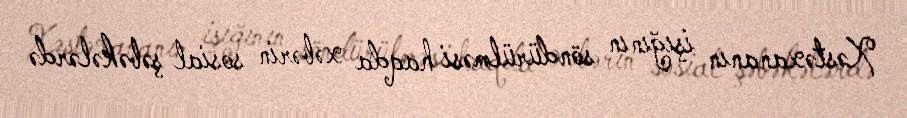
Xəstəxananın işığının söndürülməsi haqda xəbərin sosial şəbəkələrdə